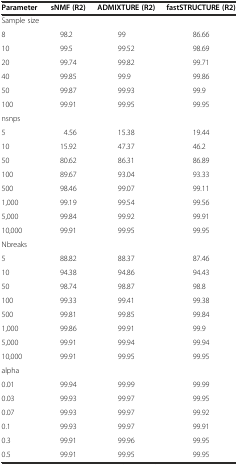
<table><thead><tr><td><b>Parameter</b></td><td><b>sNMF (R2)</b></td><td><b>ADMIXTURE (R2)</b></td><td><b>fastSTRUCTURE (R2)</b></td></tr></thead><tbody><tr><td>Sample size</td><td></td><td></td><td></td></tr><tr><td>8</td><td>98.2</td><td>99</td><td>86.66</td></tr><tr><td>10</td><td>99.5</td><td>99.52</td><td>98.69</td></tr><tr><td>20</td><td>99.74</td><td>99.82</td><td>99.71</td></tr><tr><td>40</td><td>99.85</td><td>99.9</td><td>99.86</td></tr><tr><td>50</td><td>99.87</td><td>99.93</td><td>99.9</td></tr><tr><td>100</td><td>99.91</td><td>99.95</td><td>99.95</td></tr><tr><td>nsnps</td><td></td><td></td><td></td></tr><tr><td>5</td><td>4.56</td><td>15.38</td><td>19.44</td></tr><tr><td>10</td><td>15.92</td><td>47.37</td><td>46.2</td></tr><tr><td>50</td><td>80.62</td><td>86.31</td><td>86.89</td></tr><tr><td>100</td><td>89.67</td><td>93.04</td><td>93.33</td></tr><tr><td>500</td><td>98.46</td><td>99.07</td><td>99.11</td></tr><tr><td>1,000</td><td>99.19</td><td>99.54</td><td>99.56</td></tr><tr><td>5,000</td><td>99.84</td><td>99.92</td><td>99.91</td></tr><tr><td>10,000</td><td>99.91</td><td>99.95</td><td>99.95</td></tr><tr><td>Nbreaks</td><td></td><td></td><td></td></tr><tr><td>5</td><td>88.82</td><td>88.37</td><td>87.46</td></tr><tr><td>10</td><td>94.38</td><td>94.86</td><td>94.43</td></tr><tr><td>50</td><td>98.74</td><td>98.87</td><td>98.8</td></tr><tr><td>100</td><td>99.33</td><td>99.41</td><td>99.38</td></tr><tr><td>500</td><td>99.81</td><td>99.85</td><td>99.84</td></tr><tr><td>1,000</td><td>99.86</td><td>99.91</td><td>99.9</td></tr><tr><td>5,000</td><td>99.91</td><td>99.94</td><td>99.94</td></tr><tr><td>10,000</td><td>99.91</td><td>99.95</td><td>99.95</td></tr><tr><td>alpha</td><td></td><td></td><td></td></tr><tr><td>0.01</td><td>99.94</td><td>99.99</td><td>99.99</td></tr><tr><td>0.03</td><td>99.93</td><td>99.97</td><td>99.95</td></tr><tr><td>0.07</td><td>99.93</td><td>99.97</td><td>99.92</td></tr><tr><td>0.1</td><td>99.93</td><td>99.97</td><td>99.91</td></tr><tr><td>0.3</td><td>99.91</td><td>99.96</td><td>99.95</td></tr><tr><td>0.5</td><td>99.91</td><td>99.95</td><td>99.95</td></tr></tbody></table>